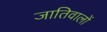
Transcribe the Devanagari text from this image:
जातिवालों